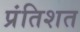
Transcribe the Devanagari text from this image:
प्रंतिशत